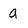
Character: a